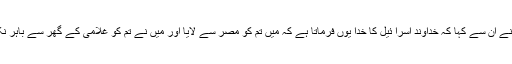
اُس نے اُن سے کہا کہ خُداوند اِسرا ئیل کا خُدا یُوں فرماتا ہے کہ مَیں تُم کو مِصر سے لایا اور مَیں نے تُم کو غُلامی کے گھر سے باہر نِکالا۔